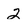
Character: 2